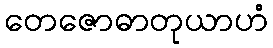
တေဇောဓာတုယာဟံ